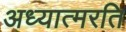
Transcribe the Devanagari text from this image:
अध्यात्मरति